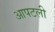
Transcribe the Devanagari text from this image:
आपटली